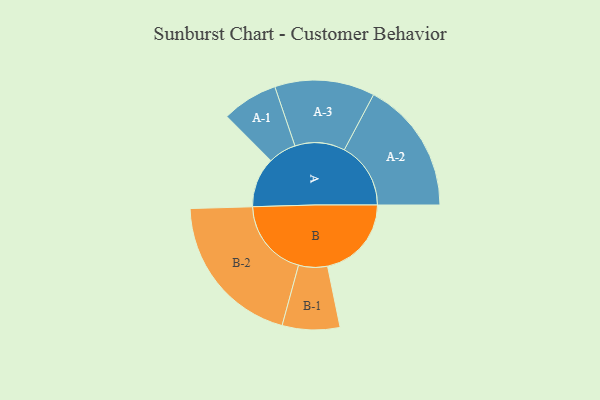
{"axis": {"x": "Segment", "y": "Value"}, "legend": ["", "A", "B"], "data": [{"x": "A", "y": 186, "type": ""}, {"x": "B", "y": 312, "type": ""}, {"x": "A-1", "y": 104, "type": "A"}, {"x": "A-2", "y": 247, "type": "A"}, {"x": "A-3", "y": 186, "type": "A"}, {"x": "B-1", "y": 107, "type": "B"}, {"x": "B-2", "y": 291, "type": "B"}]}